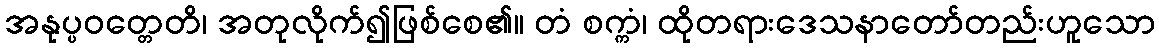
အနုပ္ပဝတ္တေတိ၊ အတုလိုက်၍ဖြစ်စေ၏။ တံ စက္ကံ၊ ထိုတရားဒေသနာတော်တည်းဟူသော